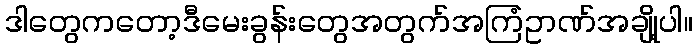
ဒါတွေကတော့ဒီမေးခွန်းတွေအတွက်အကြံဥာဏ်အချို့ပါ။